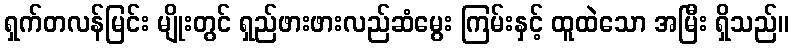
ရှက်တလန်မြင်း မျိုးတွင် ရှည်ဖားဖားလည်ဆံမွေး ကြမ်းနှင့် ထူထဲသော အမြီး ရှိသည်။